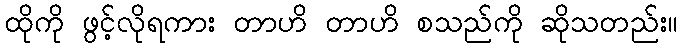
ထိုကို ဖွင့်လိုရကား တာဟိ တာဟိ စသည်ကို ဆိုသတည်း။